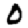
Digit: 0